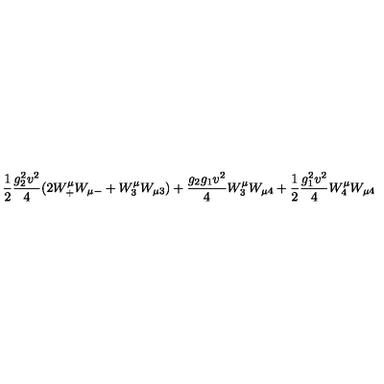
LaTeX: \frac 1 2 { \frac { g _ { 2 } ^ { 2 } v ^ { 2 } } { 4 } } ( 2 W _ { + } ^ { \mu } W _ { \mu - } + W _ { 3 } ^ { \mu } W _ { \mu 3 } ) + { \frac { g _ { 2 } g _ { 1 } v ^ { 2 } } { 4 } } W _ { 3 } ^ { \mu } W _ { \mu 4 } + \frac 1 2 { \frac { g _ { 1 } ^ { 2 } v ^ { 2 } } { 4 } } W _ { 4 } ^ { \mu } W _ { \mu 4 }